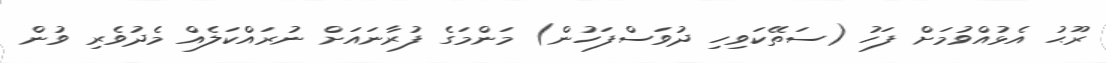
ރޫޙު އެޅުއްވުމަށް ފަހު (ސަތޭކަވިހި ދުވަސްފަހުން) މަންމަގެ ފުރާނައަށް ނުރައްކަލެއް މެދުވެރި ވުން